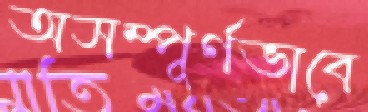
অসম্পূর্ণভাবে